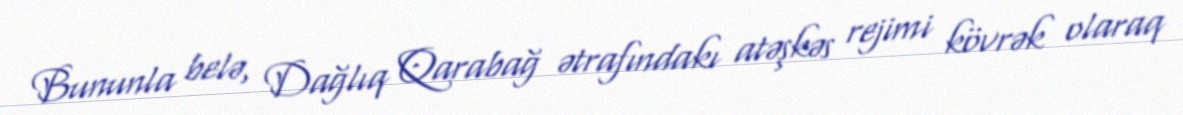
Bununla belə, Dağlıq Qarabağ ətrafındakı atəşkəs rejimi kövrək olaraq